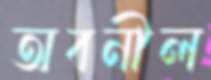
অবনীল